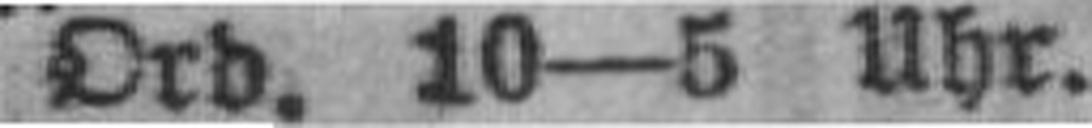
Ord. 10—5 Uhr.